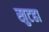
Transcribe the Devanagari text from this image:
खुटहा